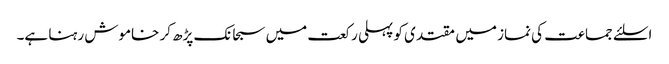
اسلئے جماعت کی نماز میں مقتدی کو پہلی رکعت میں سبحانک پڑھ کر خاموش رہنا ہے۔